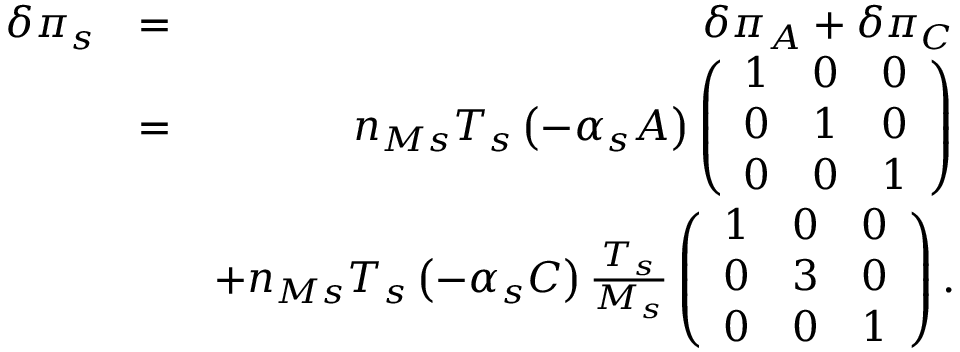
\begin{array} { r l r } { \delta \pi _ { s } } & { = } & { \delta \pi _ { A } + \delta \pi _ { C } } \\ & { = } & { n _ { M s } T _ { s } \left( - \alpha _ { s } A \right) \left( \begin{array} { c c c } { 1 } & { 0 } & { 0 } \\ { 0 } & { 1 } & { 0 } \\ { 0 } & { 0 } & { 1 } \end{array} \right) } \\ & { } & { + n _ { M s } T _ { s } \left( - \alpha _ { s } C \right) \frac { T _ { s } } { M _ { s } } \left( \begin{array} { c c c } { 1 } & { 0 } & { 0 } \\ { 0 } & { 3 } & { 0 } \\ { 0 } & { 0 } & { 1 } \end{array} \right) . } \end{array}